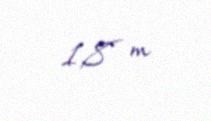
1,8 m